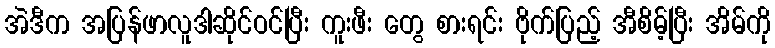
အဲဒီက အပြန်ဖာလူဒါဆိုင်ဝင်ပြီး ကူးဖီး တွေ စားရင်း ဗိုက်ပြည့် အီစိမ့်ပြီး အိမ်ကို